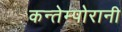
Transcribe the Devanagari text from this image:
कन्तेम्पोरानी